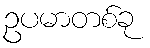
ဥပမာတစ်ခု